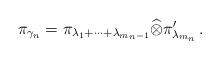
LaTeX: \begin{align*}\pi_{\gamma_n} = \pi_{\lambda_1 + \cdots + \lambda_{m_n-1}} \widehat{\otimes} \pi'_{\lambda_{m_n}}\,.\end{align*}